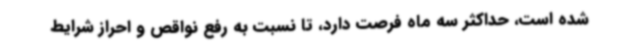
شده است، حداکثر سه‌ ماه فرصت دارد، تا نسبت به رفع نواقص و احراز شرایط